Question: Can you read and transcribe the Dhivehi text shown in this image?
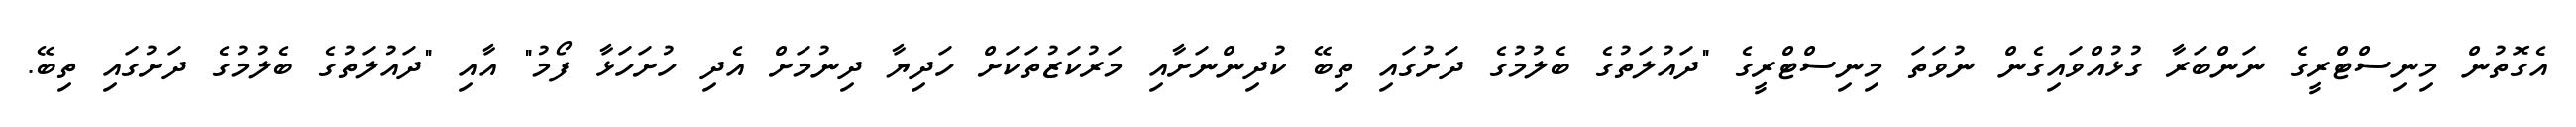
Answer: އެގޮތުން މިނިސްޓްރީގެ ނަންބަރާ ގުޅުއްވައިގެން ނުވަތަ މިނިސްޓްރީގެ "ދައުލަތުގެ ބެލުމުގެ ދަށުގައި ތިބޭ ކުދިންނަށާއި މަރުކަޒުތަކަށް ހަދިޔާ ދިނުމަށް އެދި ހުށަހަޅާ ފޯމު" އާއި "ދައުލަތުގެ ބެލުމުގެ ދަށުގައި ތިބޭ.